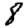
Digit: 8